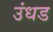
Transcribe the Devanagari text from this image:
उंधड